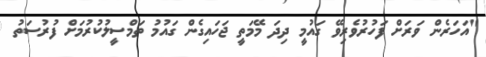
"އަހަރެން ވަރަށް ފަހުރުވެރިވޭ ގައުމީ ދިދަ މޭމަތީ ޖަހައިގެން ގައުމު ތަމްސީލުކުރުމަށް ފުރުސަތު